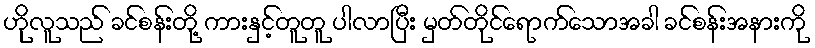
ဟိုလူသည် ခင်စန်းတို့ ကားနှင့်တူတူ ပါလာပြီး မှတ်တိုင်ရောက်သောအခါ ခင်စန်းအနားကို